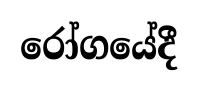
රෝගයේදී